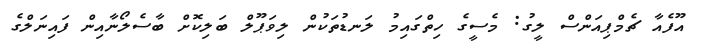
އޫފެއާ ޗެމްޕިއަންސް ލީގު: މެސީގެ ހިތްގައިމު ލަނޑުތަކުން ލިވަޕޫލް ބަލިކޮށް ބާސެލޯނާއިން ފައިނަލްގެ